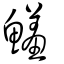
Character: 鱃